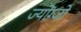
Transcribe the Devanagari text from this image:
ज्योंग्जो